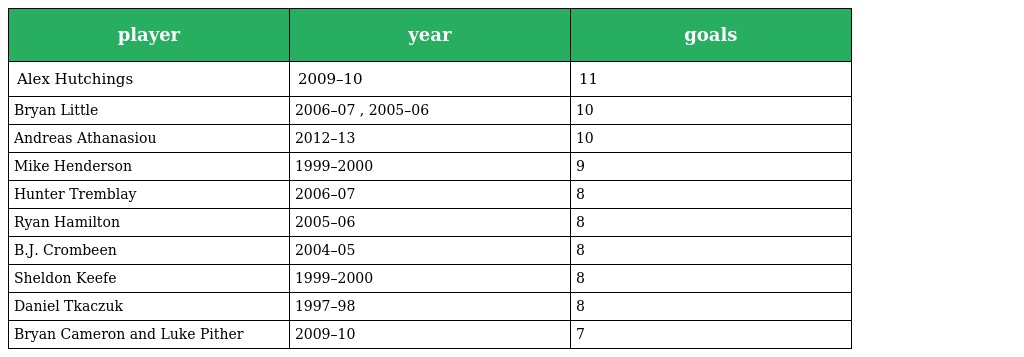
| player | year | goals |
 | --- | --- | --- |
 | Alex Hutchings | 2009–10 | 11 |
 | Bryan Little | 2006–07 , 2005–06 | 10 |
 | Andreas Athanasiou | 2012–13 | 10 |
 | Mike Henderson | 1999–2000 | 9 |
 | Hunter Tremblay | 2006–07 | 8 |
 | Ryan Hamilton | 2005–06 | 8 |
 | B.J. Crombeen | 2004–05 | 8 |
 | Sheldon Keefe | 1999–2000 | 8 |
 | Daniel Tkaczuk | 1997–98 | 8 |
 | Bryan Cameron and Luke Pither | 2009–10 | 7 |